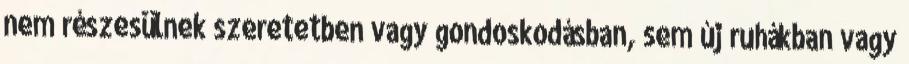
nem részesülnek szeretetben vagy gondoskodásban, sem új ruhákban vagy